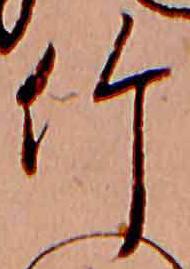
竹